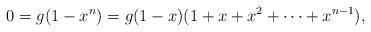
LaTeX: \begin{align*} 0=g(1-x^{n})=g(1-x)(1+x+x^{2}+\cdots+x^{n-1}),\end{align*}